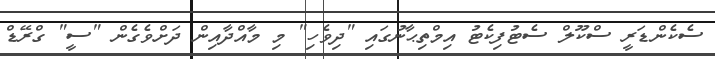
ސެކެންޑަރީ ސްކޫލް ސެޓުފިކެޓު އިމްތިޙާނުގައި "ދިވެހި" މި މާއްދާއިން ދަށްވެގެން "ސީ" ގްރޭޑް